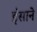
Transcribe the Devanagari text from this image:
इंसाने